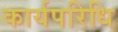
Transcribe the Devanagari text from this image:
कार्यपरिधि